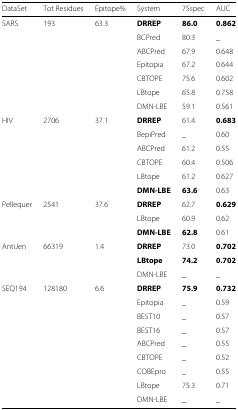
<table><thead><tr><td><b>DataSet</b></td><td><b>Tot Residues</b></td><td><b>Epitope%</b></td><td><b>System</b></td><td><b>75spec</b></td><td><b>AUC</b></td></tr></thead><tbody><tr><td>SARS</td><td>193</td><td>63.3</td><td><b>DRREP</b></td><td><b>86.0</b></td><td><b>0.862</b></td></tr><tr><td></td><td></td><td></td><td>BCPred</td><td>80.3</td><td>_</td></tr><tr><td></td><td></td><td></td><td>ABCPred</td><td>67.9</td><td>0.648</td></tr><tr><td></td><td></td><td></td><td>Epitopia</td><td>67.2</td><td>0.644</td></tr><tr><td></td><td></td><td></td><td>CBTOPE</td><td>75.6</td><td>0.602</td></tr><tr><td></td><td></td><td></td><td>LBtope</td><td>65.8</td><td>0.758</td></tr><tr><td></td><td></td><td></td><td>DMN-LBE</td><td>59.1</td><td>0.561</td></tr><tr><td>HIV</td><td>2706</td><td>37.1</td><td><b>DRREP</b></td><td>61.4</td><td><b>0.683</b></td></tr><tr><td></td><td></td><td></td><td>BepiPred</td><td>_</td><td>0.60</td></tr><tr><td></td><td></td><td></td><td>ABCPred</td><td>61.2</td><td>0.55</td></tr><tr><td></td><td></td><td></td><td>CBTOPE</td><td>60.4</td><td>0.506</td></tr><tr><td></td><td></td><td></td><td>LBtope</td><td>61.2</td><td>0.627</td></tr><tr><td></td><td></td><td></td><td><b>DMN-LBE</b></td><td><b>63.6</b></td><td>0.63</td></tr><tr><td>Pellequer</td><td>2541</td><td>37.6</td><td><b>DRREP</b></td><td>62.7</td><td><b>0.629</b></td></tr><tr><td></td><td></td><td></td><td>LBtope</td><td>60.9</td><td>0.62</td></tr><tr><td></td><td></td><td></td><td><b>DMN-LBE</b></td><td><b>62.8</b></td><td>0.61</td></tr><tr><td>AntiJen</td><td>66319</td><td>1.4</td><td><b>DRREP</b></td><td>73.0</td><td><b>0.702</b></td></tr><tr><td></td><td></td><td></td><td><b>LBtope</b></td><td><b>74.2</b></td><td><b>0.702</b></td></tr><tr><td></td><td></td><td></td><td>DMN-LBE</td><td>_</td><td>_</td></tr><tr><td>SEQ194</td><td>128180</td><td>6.6</td><td><b>DRREP</b></td><td><b>75.9</b></td><td><b>0.732</b></td></tr><tr><td></td><td></td><td></td><td>Epitopia</td><td>_</td><td>0.59</td></tr><tr><td></td><td></td><td></td><td>BEST10</td><td>_</td><td>0.57</td></tr><tr><td></td><td></td><td></td><td>BEST16</td><td>_</td><td>0.57</td></tr><tr><td></td><td></td><td></td><td>ABCPred</td><td>_</td><td>0.55</td></tr><tr><td></td><td></td><td></td><td>CBTOPE</td><td>_</td><td>0.52</td></tr><tr><td></td><td></td><td></td><td>COBEpro</td><td>_</td><td>0.55</td></tr><tr><td></td><td></td><td></td><td>LBtope</td><td>75.3</td><td>0.71</td></tr><tr><td></td><td></td><td></td><td>DMN-LBE</td><td>_</td><td>_</td></tr></tbody></table>